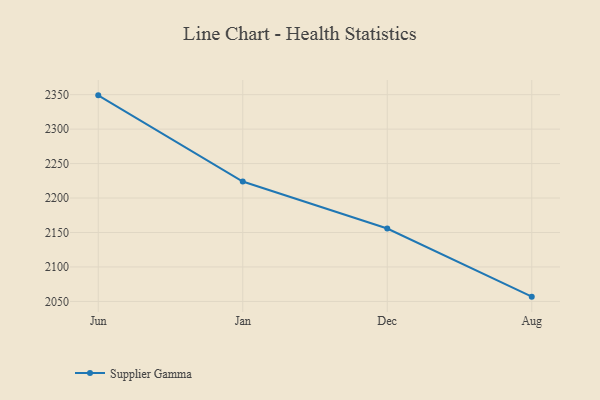
{"axis": {"x": "Month", "y": "Demand Index"}, "legend": ["Supplier Gamma"], "data": [{"x": "Jun", "y": 2349.0, "type": "Supplier Gamma"}, {"x": "Jan", "y": 2224.0, "type": "Supplier Gamma"}, {"x": "Dec", "y": 2155.8, "type": "Supplier Gamma"}, {"x": "Aug", "y": 2056.9, "type": "Supplier Gamma"}]}